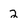
Character: 2